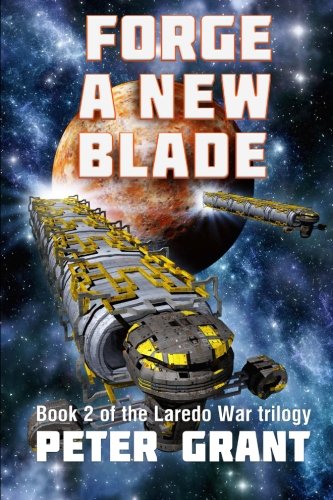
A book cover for Forge a New Blade (The Laredo War) (Volume 2); Peter Grant; Science Fiction & Fantasy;